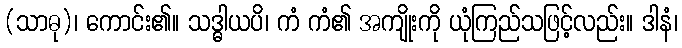
(သာဓု)၊ ကောင်း၏။ သဒ္ဓါယပိ၊ ကံ ကံ၏ အကျိုးကို ယုံကြည်သဖြင့်လည်း။ ဒါနံ၊